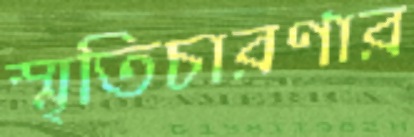
স্মৃতিচারণার